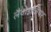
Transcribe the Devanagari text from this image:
लैवोइजियर